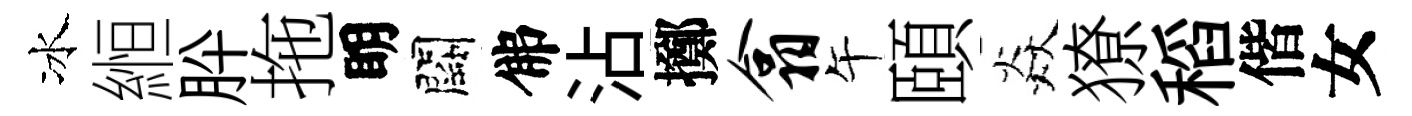
冰縆肸拖眀闕佛沾擲翕午頤焱獠稻偕女